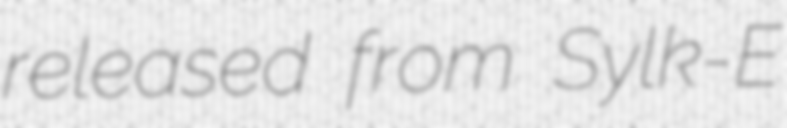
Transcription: released from Sylk-E